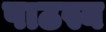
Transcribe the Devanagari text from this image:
पाठस्य